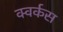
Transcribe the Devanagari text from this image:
क्वर्कस